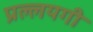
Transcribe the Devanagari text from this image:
प्रल्लयगी